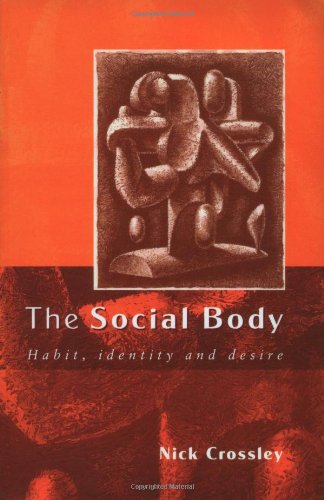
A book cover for The Social Body: Habit, Identity and Desire; Nick Crossley; Politics & Social Sciences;